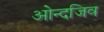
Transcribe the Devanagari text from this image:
ओन्दजिव